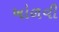
ખોળવી